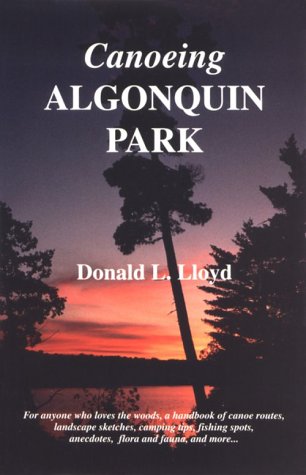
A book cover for Canoeing Algonquin Park; Donald L. Lloyd; Travel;